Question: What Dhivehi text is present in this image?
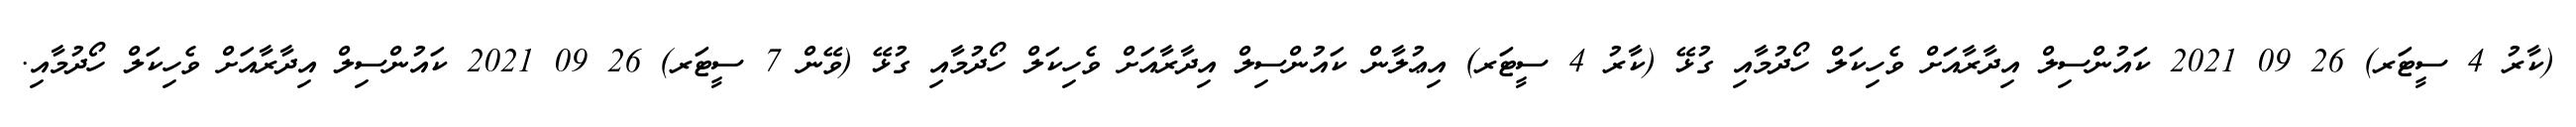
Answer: (ކާރު 4 ސީޓަރ) 26 09 2021 ކައުންސިލް އިދާރާއަށް ވެހިކަލް ހޯދުމާއި ގުޅޭ (ކާރު 4 ސީޓަރ) އިޢުލާން ކައުންސިލް އިދާރާއަށް ވެހިކަލް ހޯދުމާއި ގުޅޭ (ވޭން 7 ސީޓަރ) 26 09 2021 ކައުންސިލް އިދާރާއަށް ވެހިކަލް ހޯދުމާއި.